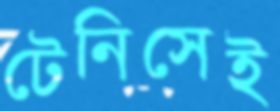
টেনিসেই